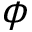
\phi